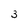
Character: 3